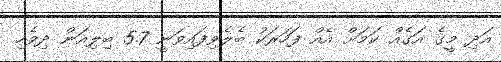
އަދި މީގެ އަގެއް ކަމަށް އެއް ފަހަރަކު ބެލެވިފައިވަނީ 5.7 ބިލިއަން ދިވެހި